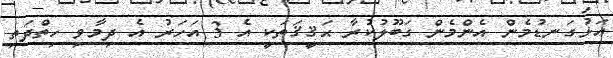
އަޅުގަނޑުމެން އެންމެން ގަބޫލުކުރާ ޙަޤީޤަތަކީ އެ 3 އަހަރު އެ ދިމާވި ހިތްދަތި